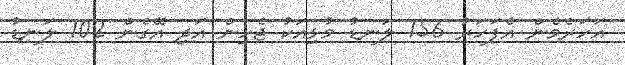
އަހަރެމެން އެފަހަރު 156 ލަނޑު މުޅިއަކު ޖެހިން އަދި އޭގެން 102 ލަނޑު